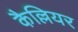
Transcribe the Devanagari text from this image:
कैल्लियर